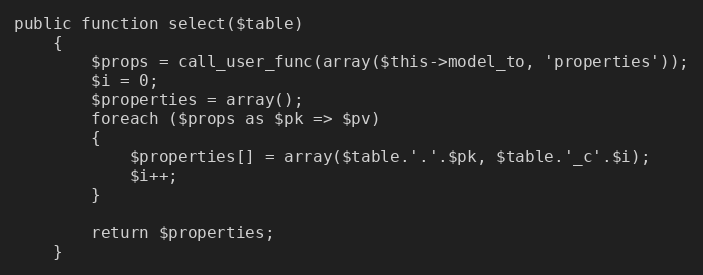
Language: PHP
public function select($table)
	{
		$props = call_user_func(array($this->model_to, 'properties'));
		$i = 0;
		$properties = array();
		foreach ($props as $pk => $pv)
		{
			$properties[] = array($table.'.'.$pk, $table.'_c'.$i);
			$i++;
		}

		return $properties;
	}